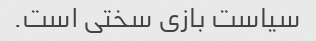
سیاست بازی سختی است.